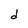
Character: d